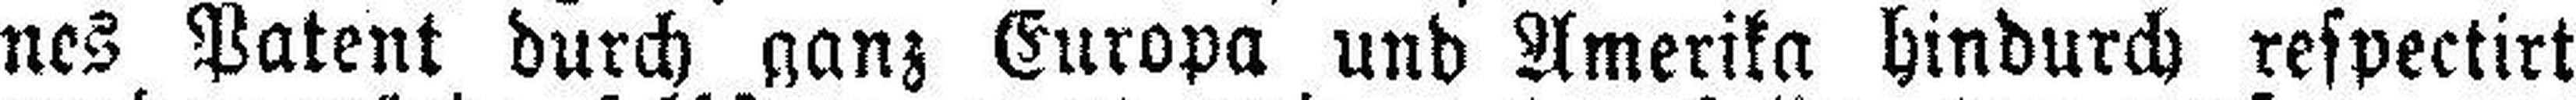
nes Patent durch ganz Europa und Amerika hindurch respectirt